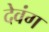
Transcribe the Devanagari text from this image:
देवंग